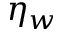
\eta _ { w }